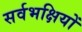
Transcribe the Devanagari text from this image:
सर्वभक्षियों